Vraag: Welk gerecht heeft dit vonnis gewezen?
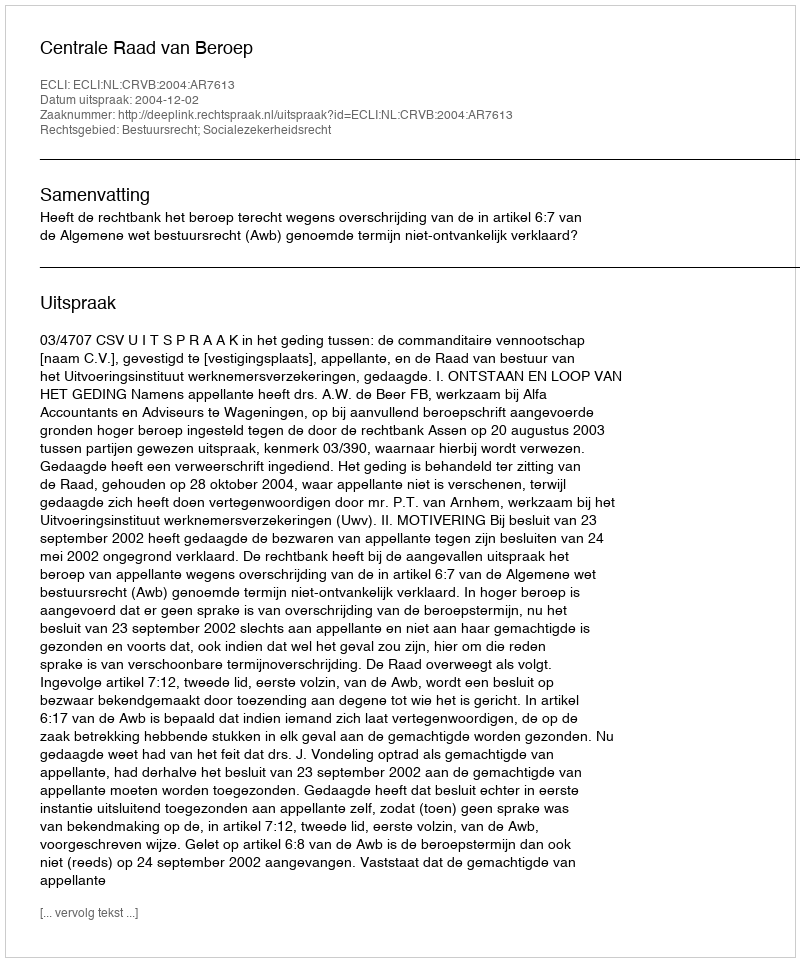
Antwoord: Centrale Raad van Beroep